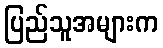
ပြည်သူအများက